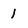
Character: I